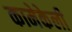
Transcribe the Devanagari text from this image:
कामेकेली